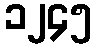
၁၂၄၅